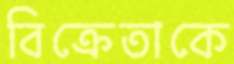
বিক্রেতাকে